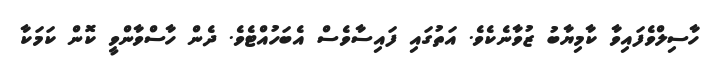
ހާސިލްވެފައިވާ ކާމިޔާބު ޒުވާނެކެވެ. އަތުގައި ފައިސާވެސް އެބަހުއްޓެވެ. ދެން ހާސްވާންވީ ކޮން ކަމަކާ